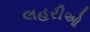
લહરીઓ